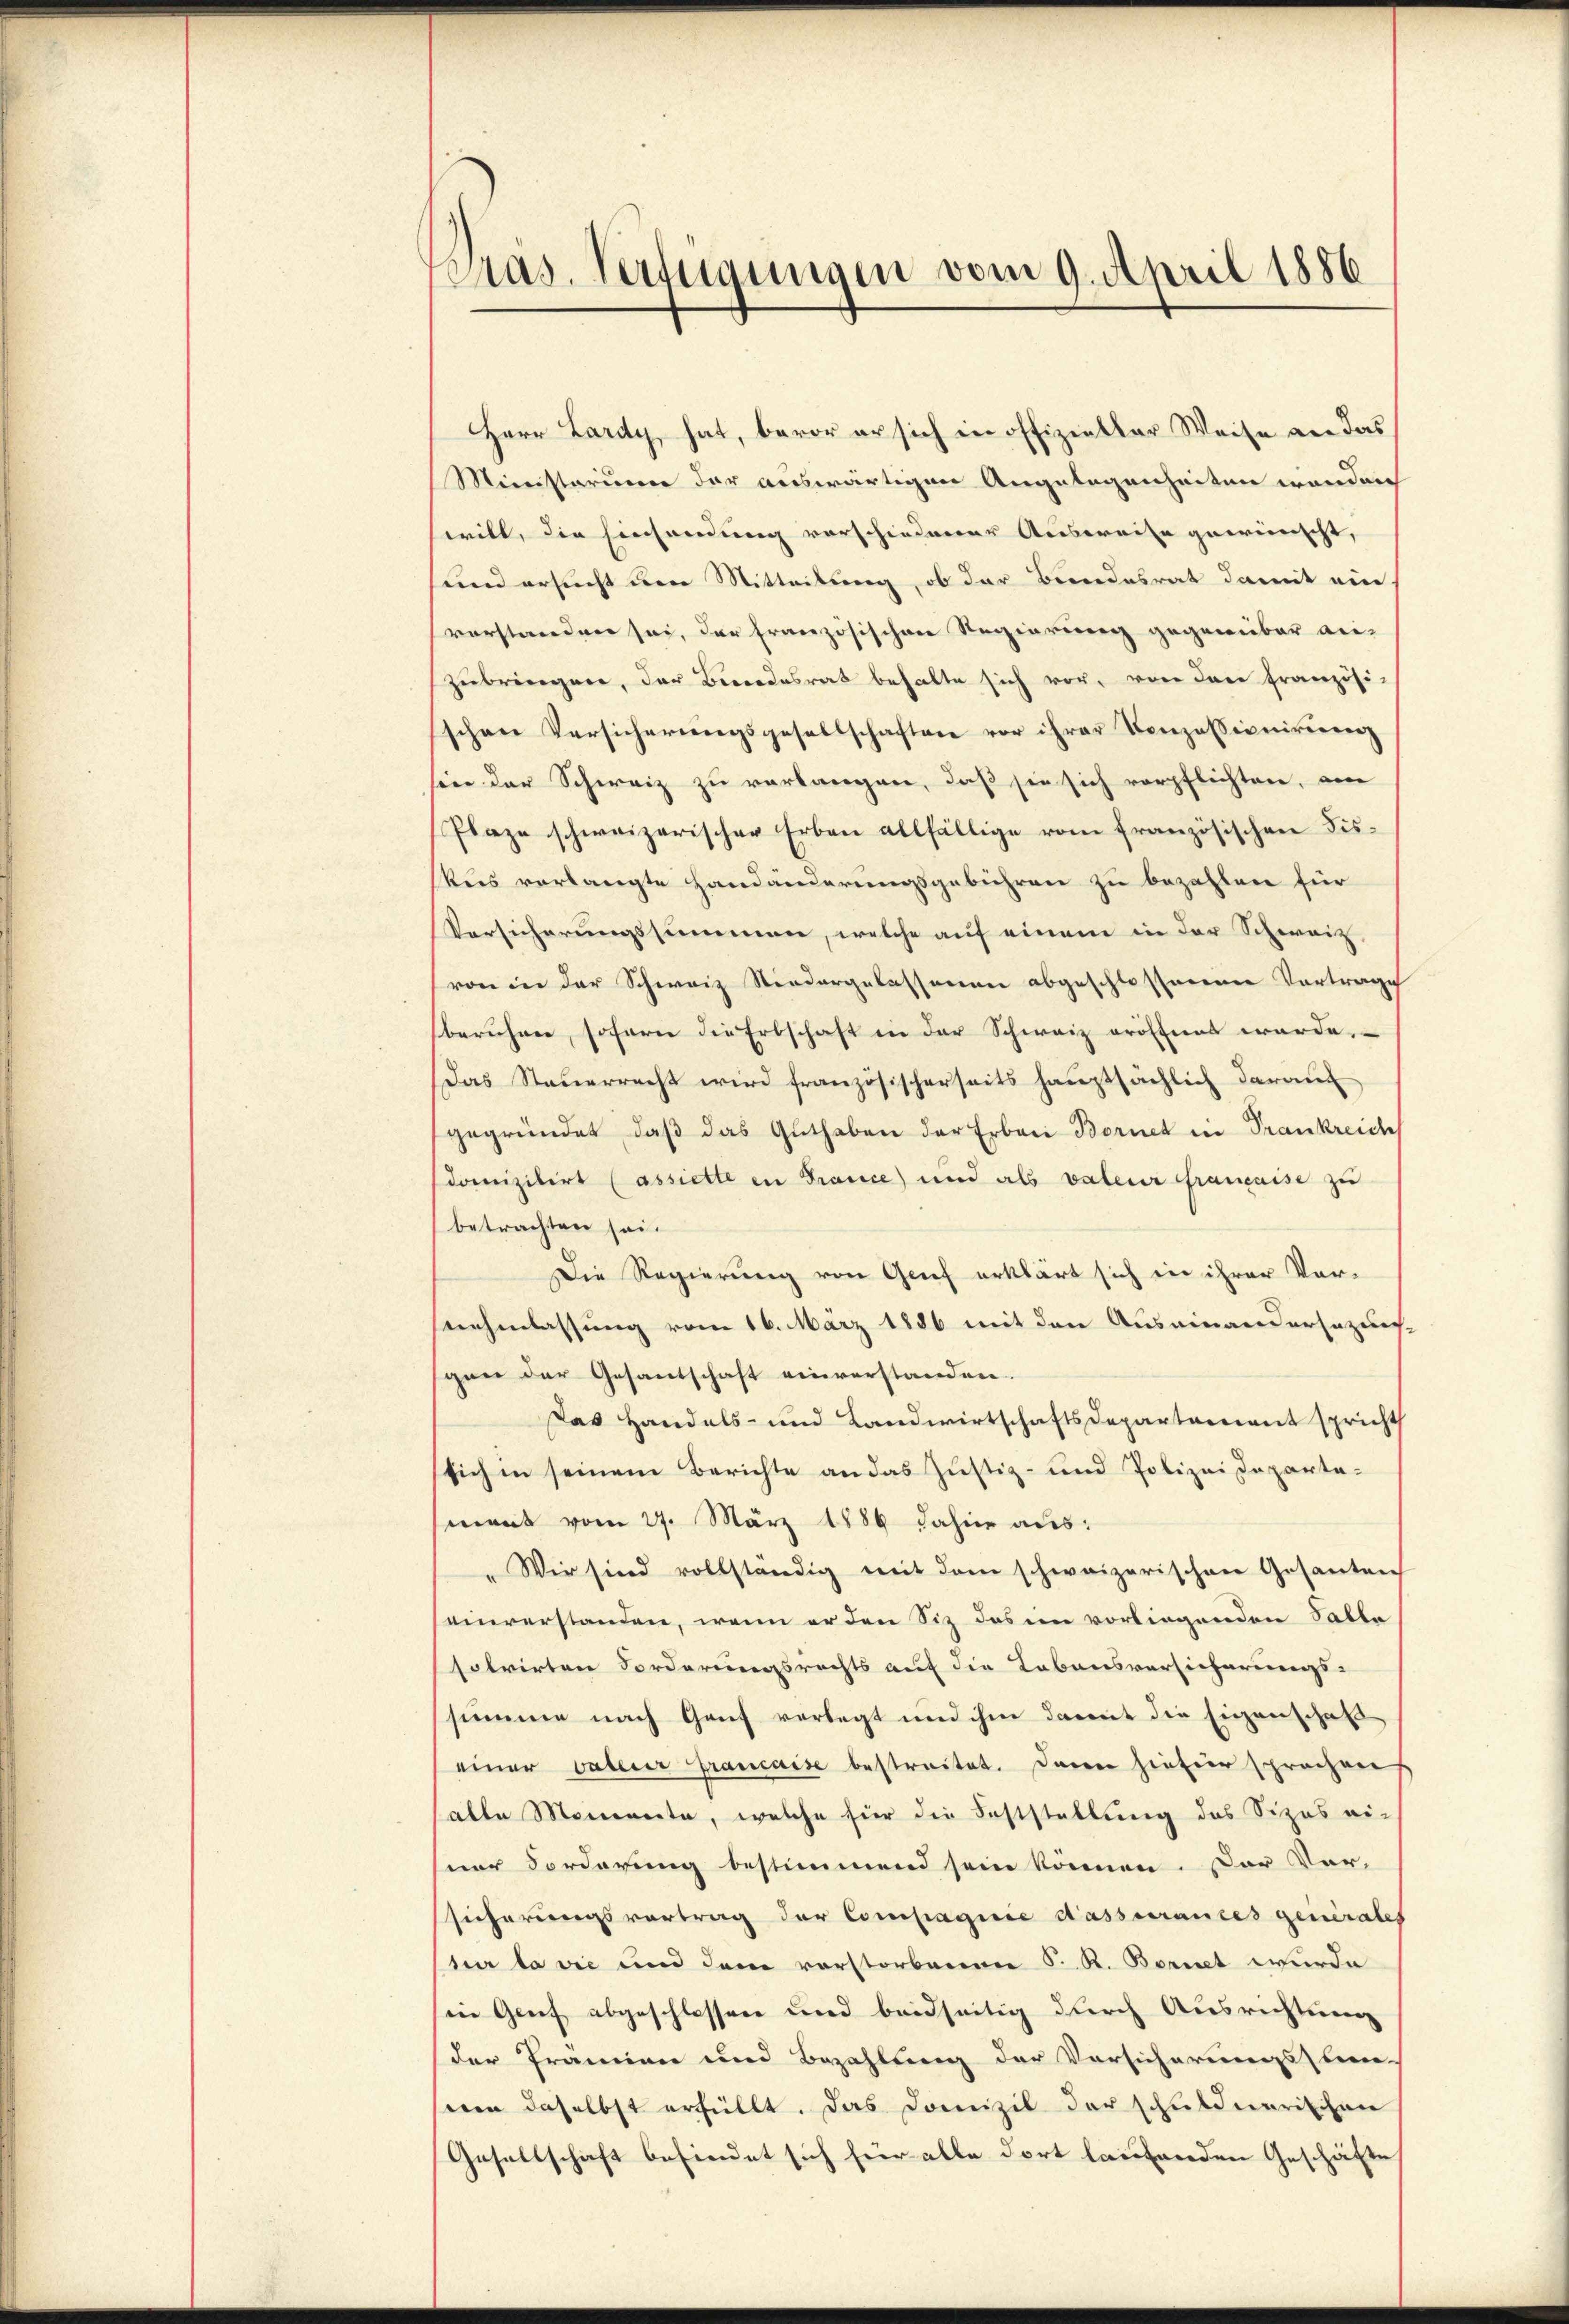
Pras. Verfügungen vom 9. April 1886

Herr Lardy, hat, bevor er sich in offizieller Weise an das
Ministarium der auswärtigen Angelegenheiten werden
will, die Einsendung vorschiedener Ausweise gewünscht,
und ersucht den Mitteilung, ob der Bundesrat damit ein
vorstanden sei, der französischen Regierung gegenüber an-
zŭbringen, der Beredesrat behalte sich vor, von den französi-
schen Versicherungsgesellschaften vor ihrer Konzessionirung
sin der Schweiz zu verlangen, daß sie sich verpflichten, eine
Plaze schweizerischer Erben allfällige vom französischen Fiskus verlangte Handänderungsgebühren zu bezahlen für
Versicherungssummen, welche auf einem in der Schweiz,
von in der Schweiz Niedergelassenen abgeschlossenen Vortrage
beruhen, sofern die Erbschaft in der Schweiz eröffnet werde,
Das Steuerrecht wird französischerseits haŭptsächlich darauf
gegründet, daβ das Guthaben der Erbani Bornet in Frankreiche
domizilirt (assiette in France) und als valeur française zu
betrachten sei.
Die Regierung von Grief erklärt sich in ihrer Vorsnehmlassung vom 16. März 1886 mit den Auseinandersezung.
gan der Gesantschaft einverstanden.
Das Handels- und Landwirtschaftsdepartariant spricht
sich in seinem Berichte an das Justiz- und Polizei Departemant vom 27. März 1886 dahier aus:
"Wir sind vollständig mit dem schweizerischen Gesanten
einverstanden, wenn er den Sitz des in vorliegenden Tabla
solvirten Forderungsrechts auf die Lebensversicherungs-
summe nach Genf vorlegt und ihm damit die Eigenschaf
einer väterer Francaise bestreitet. Daran hiefür sprachens
alle Momente, welche für die Feststellung des Sizes ei-
ner Forderung bestimmend sein können. Der Ver-
sicherungsvortrag der Compagnie dasserrances generales
tur la die und dem vorstorbenen S. R. Bornet wurde
in Greif abgeschlossen und beidseitig durch Ausrichtung
der Prämien und Bezahlung der Vorsicherungsstun-
seen daselbst erfüllt. Das Domizil der schuldnerischen
Gesellschaft befindet sich für alle dort laufenden Geschäfte